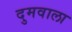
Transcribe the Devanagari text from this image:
दुमवाला